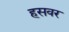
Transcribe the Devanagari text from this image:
हसवर